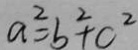
a ^ { 2 } = b ^ { 2 } + c ^ { 2 }